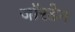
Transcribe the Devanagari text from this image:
जॉरडेन